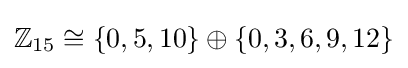
\mathbb {Z} _{15}\cong \{0,5,10\}\oplus \{0,3,6,9,12\}